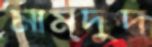
মামদুদ